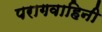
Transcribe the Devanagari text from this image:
परागवाहिनी